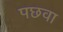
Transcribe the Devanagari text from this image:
पछवा